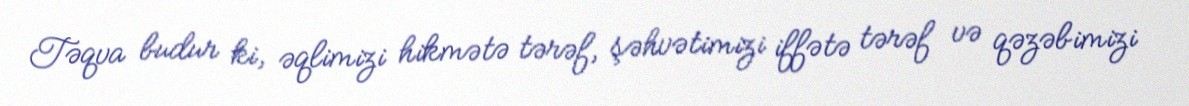
Təqva budur ki, əqlimizi hikmətə tərəf, şəhvətimizi iffətə tərəf və qəzəbimizi